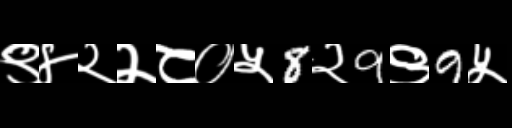
Text: ९४२२८०५8२9९9५